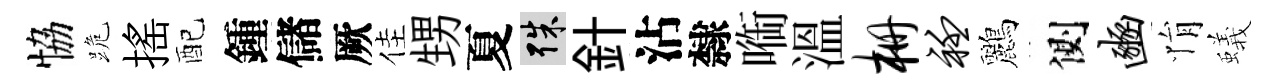
恊跪揺配鍾儲厥佳甥夏殊針沾隸㗸溫栅衽鸝側豳悁蟻